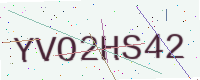
Text: YVO2HS42